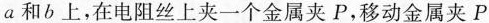
a和b上，在电阻丝上夹一个金属夹P，移动金属夹P